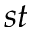
^ { s t }